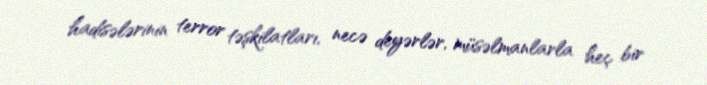
hadisələrinin terror təşkilatları, necə deyərlər, müsəlmanlarla heç bir